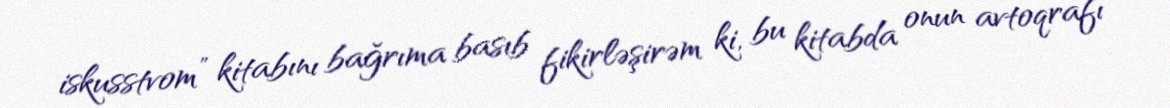
iskusstvom” kitabını bağrıma basıb fikirləşirəm ki, bu kitabda onun avtoqrafı